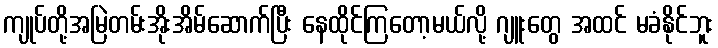
ကျုပ်တို့အမြဲတမ်းအိုးအိမ်ဆောက်ပြီး နေထိုင်ကြတော့မယ်လို့ ဂျူးတွေ အထင် မခံနိုင်ဘူး